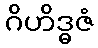
ဂိဟိဒ္ဓဇံ